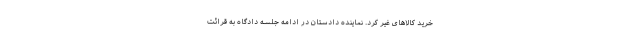
خرید کالاهای غیر کرد. نماینده دادستان در ادامه جلسه دادگاه به قرائت